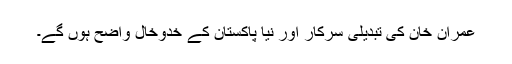
عمران خان کی تبدیلی سرکار اور نیا پاکستان کے خدوخال واضح ہوں گے۔